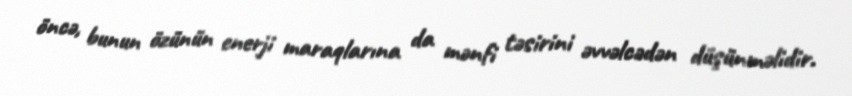
öncə, bunun özünün enerji maraqlarına da mənfi təsirini əvvəlcədən düşünməlidir.